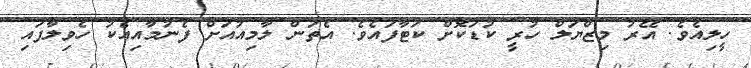
ހީލިއެވެ. އޭރު މިޒްޔަލް ހުރީ ކުޑަކޮށް ކަޓާފައެވެ. އެތަން ލާމިއުއަށް ފެނުމާއިއެކު ހެވިލާފައި